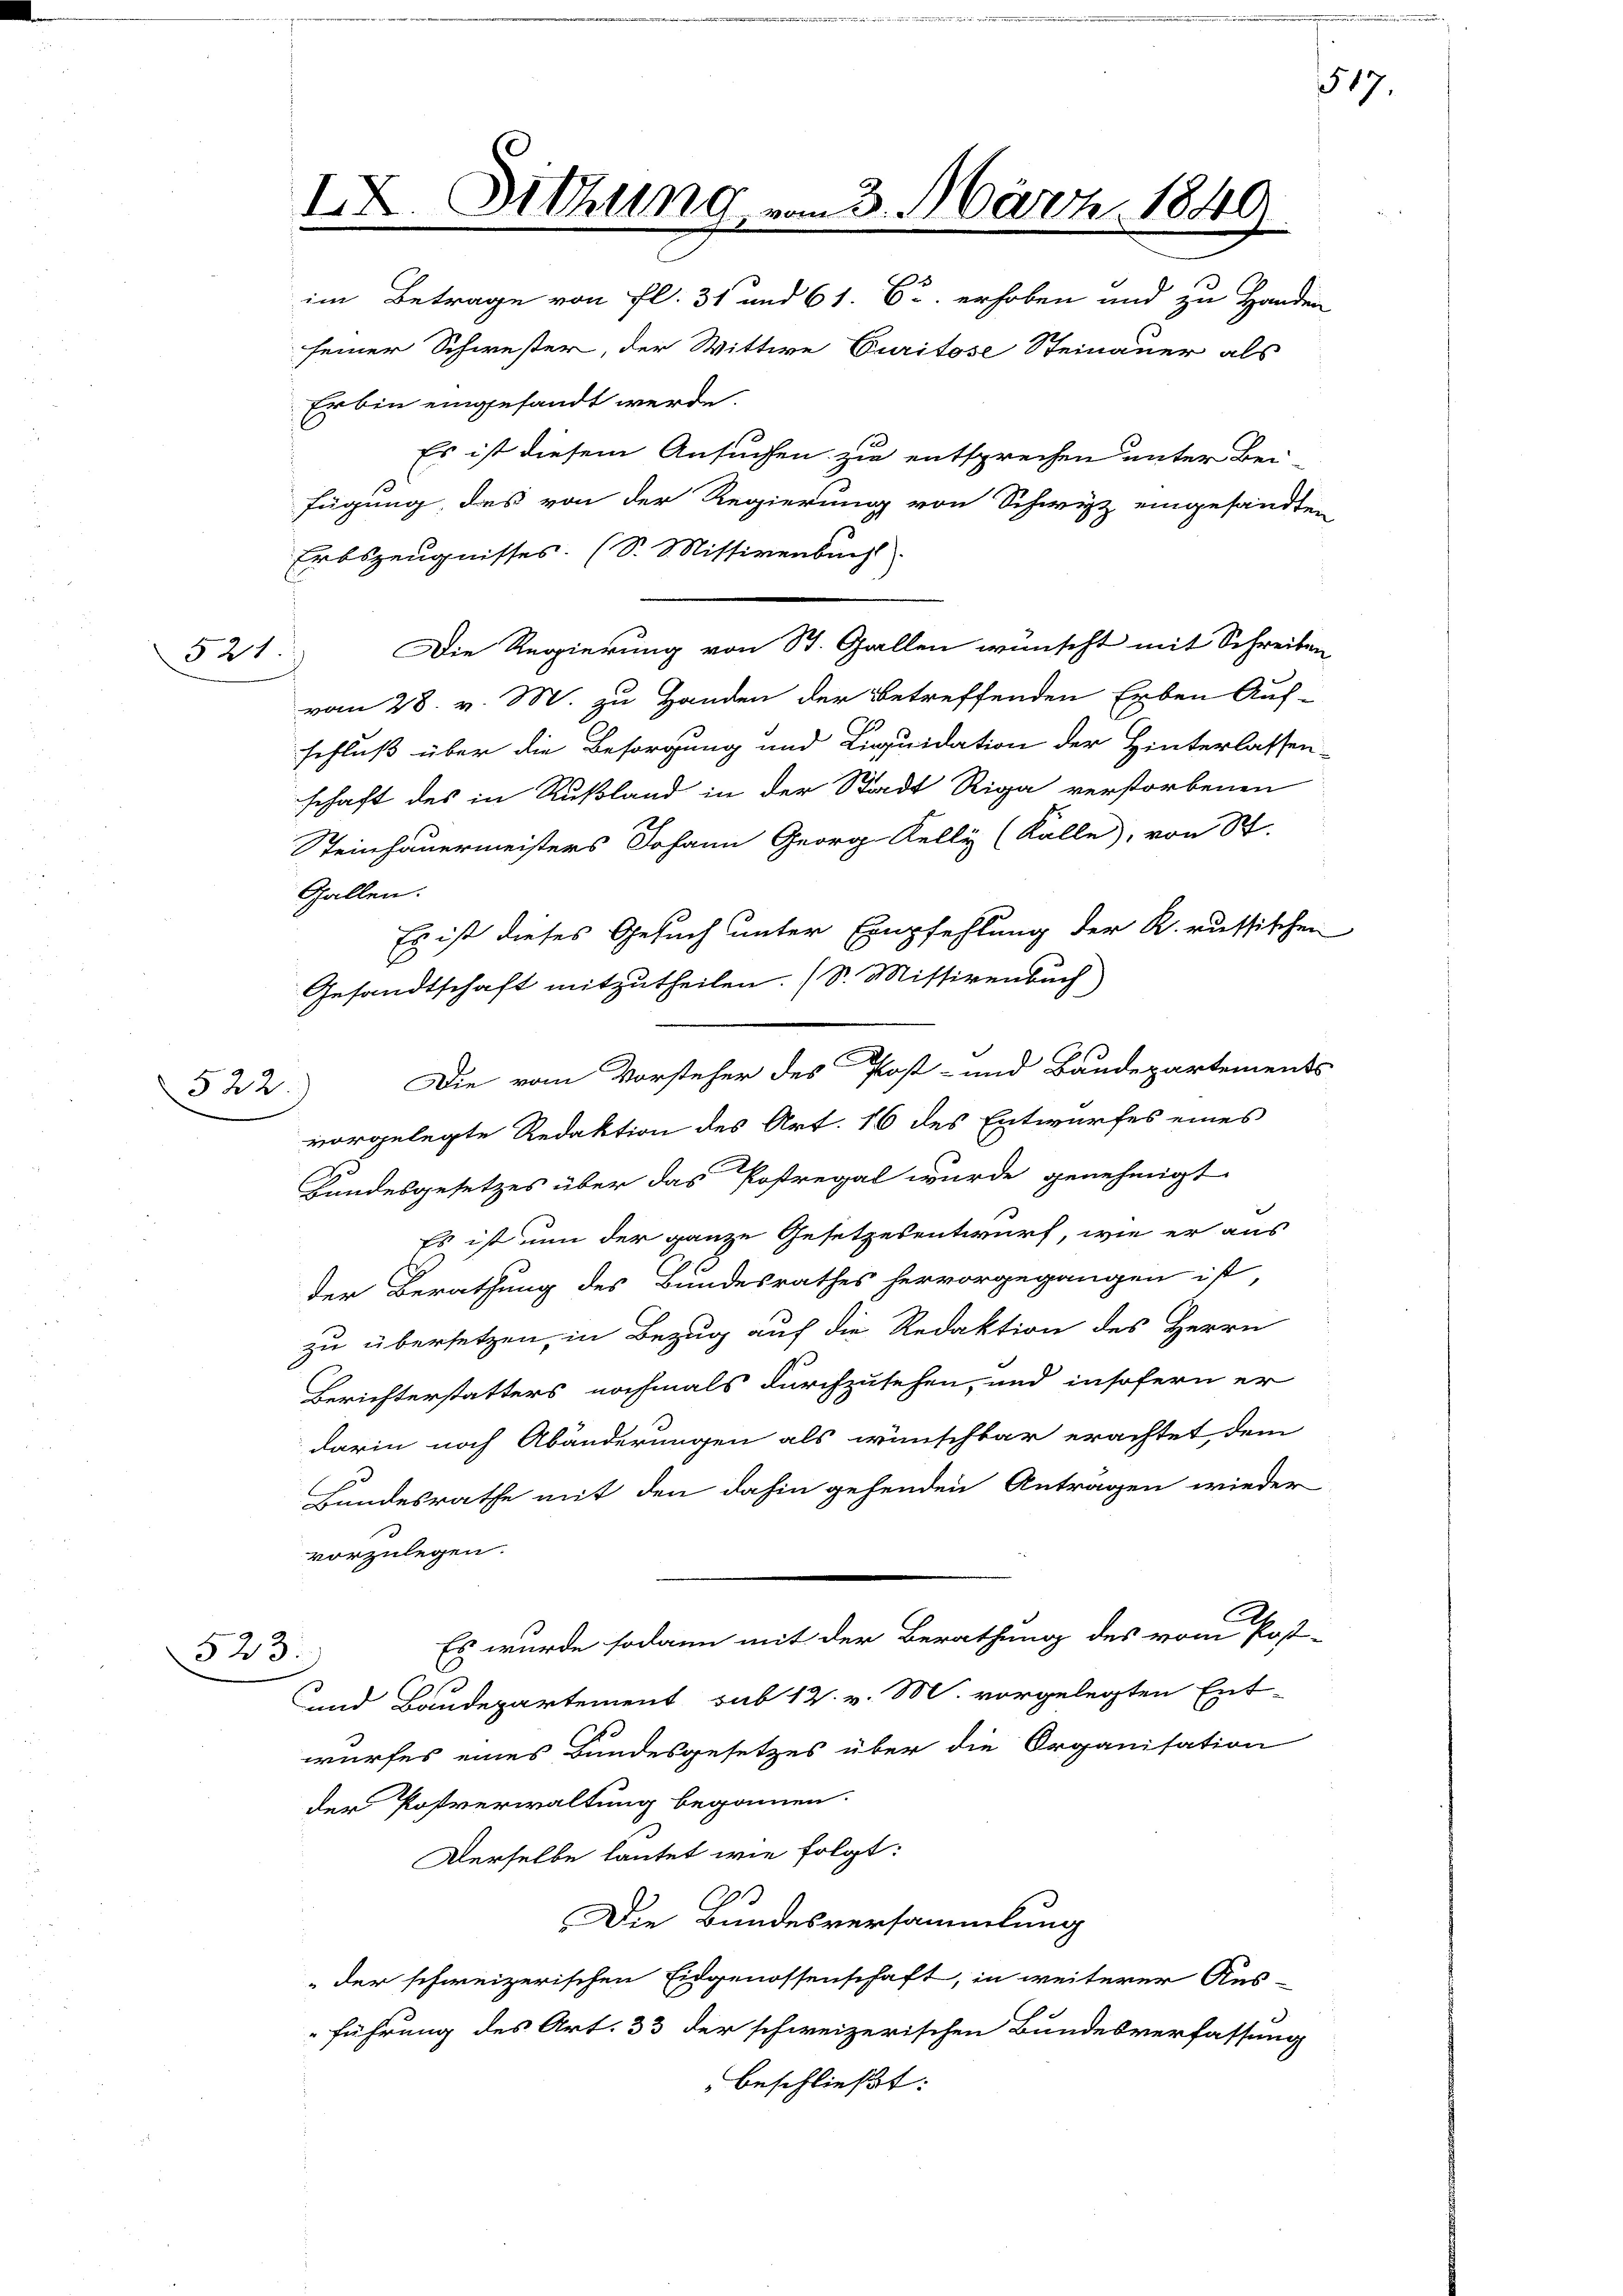
521

522.

IX. Sitzung vom 3. März 1849
im Betrage von fl. 31 und 61. Er erhoben und zu Handen

seiner Schwester, der Wittwe Curitose Steinauer als
Erbin eingesandt werde.
Es ist diesem Ansuchen zu entsprechen unter Bei-
fügung, des von der Regierung von Schwyz eingesandten
Ertszeugnisses. (S. Missivenbuch
Die Regierung von St. Gallen wünscht mit Schreiben
vom 28. v. M. zu Handen der betreffenden Erben Auf-
schluß über die Besorgung und Liquidation der Hinterlassen-
schaft des in Rußland in der Stadt Riga verstorbenen
Steinhauermeisters Johann Georg Kelly (Kalle, von St.
Gallen.
Es ist dieses Gesuch unter Empfehlung der K. russischen
Gesandtschaft mitzutheilen. (S. Missivenbuch)
vorgelegte Redaktion des Art. 16 des Entwurfes eines
Bundesgesetzes über das Postregal wurde genehmigt
Es ist nun der ganze Gesetzesentwurf, wie er aus
der Berathung des Bundesrathes hervorgegangen ist,
zu übersetzen, in Bezug auf die Redaktion des Herrn
Berichterstatters nochmals durchzusehen, und insofern er
darin noch Abänderungen als wünschbar erachtet dem
Bundesrathe mit den dahin gehenden Antragen wieder
vorzulegen.
Es wurde sodann mit der Berathung des vom Post-
523.
und Baudepartement sub 12. v. M. vorgelegten Ent-
wurfes eines Bundesgesetzes über die Organisation
der Postverwaltung begonnen.
Derselbe lautet wie folgt:
Die Bundesversammlung
der schweizerischen Eidgenossenschaft, in weiterer Aus-
führung des Art. 33 der schweizerischen Bundesverfassung
beschließt:

Die vom Vorsteher des Post- und Baudepartements

517.